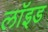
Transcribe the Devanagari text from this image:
लाॅइड